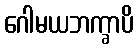
ဂေါမယဘက္ခာပိ